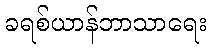
ခရစ်ယာန်ဘာသာရေး